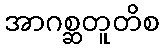
အာဂစ္ဆတူတိစ